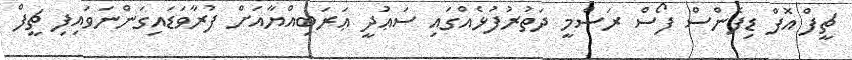
ޗީފް އޮފް ޑިފެންސް ފޯސް ރަސްމީ ދަތުރުފުޅެއްގައި ސަޢުދީ ޢަރަބިއްޔާއަށް ފުރާވަޑައިގަންނަވައިފި ޗީފް